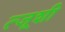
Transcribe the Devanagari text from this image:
त्जूशी